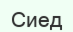
Сиед